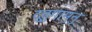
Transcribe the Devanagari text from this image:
दुतुगामुनु